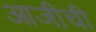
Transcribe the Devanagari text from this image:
आजीची